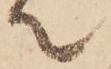
て